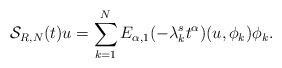
\begin{align*}\mathcal{S}_{R,N}(t)u=\sum_{k=1}^{N}E_{\alpha,1}(-\lambda_{k}^{s}t^{\alpha})(u,\phi_{k})\phi_{k}.\end{align*}